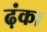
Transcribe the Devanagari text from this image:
ढ़ंका